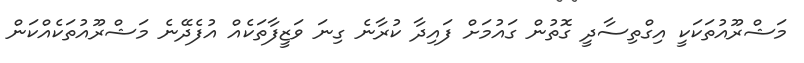
މަޝްރޫއުތަކަކީ އިގްތިސާދީ ގޮތުން ގައުމަށް ފައިދާ ކުރާނެ ގިނަ ވަޒީފާތަކެއް އުފެދޭނެ މަޝްރޫއުތަކެއްކަން